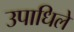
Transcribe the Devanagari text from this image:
उपाधिले